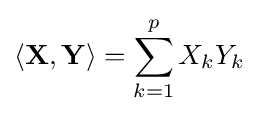
\langle \mathbf {X} ,\mathbf {Y} \rangle =\sum _{k=1}^{p}X_{k}Y_{k}